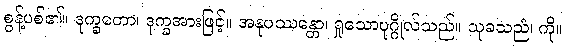
စွန့်ပစ်၏။ ဒုက္ခတော၊ ဒုက္ခအားဖြင့်။ အနုပဿန္တော၊ ရှုသောပုဂ္ဂိုလ်သည်။ သုခသညံ၊ ကို။